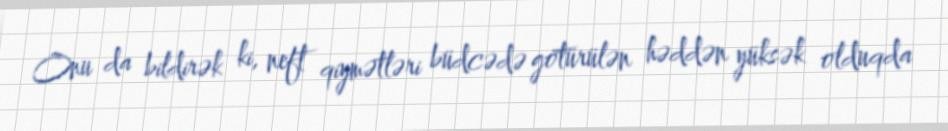
Onu da bildirək ki, neft qiymətləri büdcədə götürülən həddən yüksək olduqda